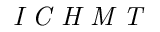
\textit { I C H M T }